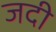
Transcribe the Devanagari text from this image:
जदी